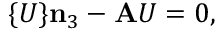
\mathbf { \nabla } \{ U \} \mathbf { n } _ { 3 } - \mathbf { A } U = 0 ,